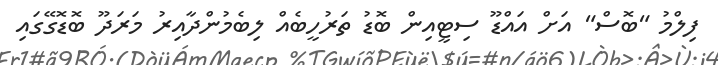
ފިލްމު "ބޮސް" އަށް އައްޑޫ ސިޓީއިން ބޮޑު ތަރުހީބެއް ލިބެމުންދާއިރު މަރަދޫ ބޮޑޮގޭގައި